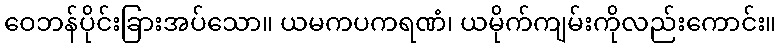
ဝေဘန်ပိုင်းခြားအပ်သော။ ယမကပကရဏံ၊ ယမိုက်ကျမ်းကိုလည်းကောင်း။